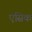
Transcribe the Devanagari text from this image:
एसिक